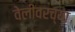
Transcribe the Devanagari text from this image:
वेलीवरच्या